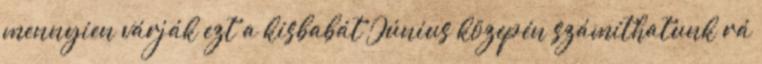
mennyien várják ezt a kisbabát Június közepén számíthatunk rá